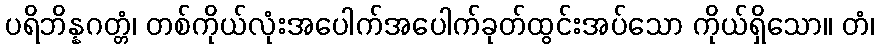
ပရိဘိန္နဂတ္တံ၊ တစ်ကိုယ်လုံးအပေါက်အပေါက်ခုတ်ထွင်းအပ်သော ကိုယ်ရှိသော။ တံ၊